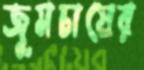
জুমচাষের